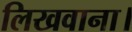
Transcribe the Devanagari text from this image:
लिखवाना।